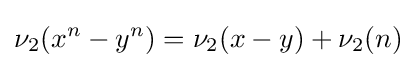
\nu _{2}(x^{n}-y^{n})=\nu _{2}(x-y)+\nu _{2}(n)